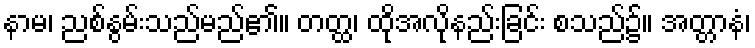
နာမ၊ ညစ်နွမ်းသည်မည်၏။ တတ္ထ၊ ထိုအလိုနည်းခြင်း စသည်၌။ အတ္တာနံ၊